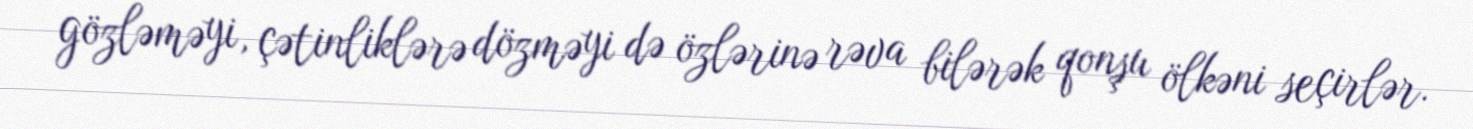
gözləməyi, çətinliklərə dözməyi də özlərinə rəva bilərək qonşu ölkəni seçirlər.